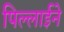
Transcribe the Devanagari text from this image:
पिल्लाईने